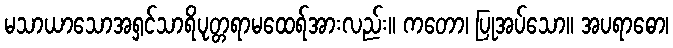
မသာယာသောအရှင်သာရိပုတ္တရာမထေရ်အားလည်း။ ကတော၊ ပြုအပ်သော။ အပရာဓော၊